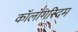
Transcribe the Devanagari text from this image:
कॉलॉगरिदम